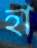
হা